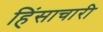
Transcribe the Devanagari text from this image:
हिंसाचारी